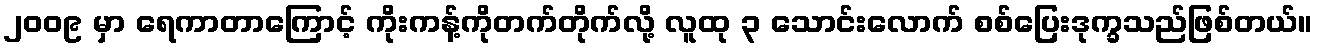
၂၀၀၉ မှာ ရေကာတာကြောင့် ကိုးကန့်ကိုတက်တိုက်လို့ လူထု ၃ သောင်းလောက် စစ်ပြေးဒုက္ခသည်ဖြစ်တယ်။